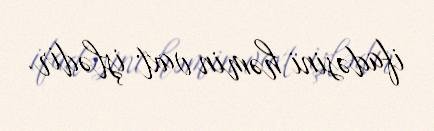
ifadəsini həmin vaxt işlədir.